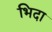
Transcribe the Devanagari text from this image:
भिदा